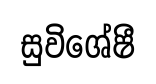
සුවිශේෂී